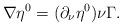
LaTeX: \begin{align*}\nabla \eta^0 =(\partial_\nu \eta^0) \nu \Gamma. \end{align*}